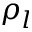
\rho _ { l }